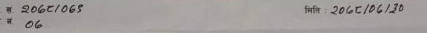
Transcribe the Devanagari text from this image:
*२०६८/०६/०६
मितिः २०६८/०६/३०